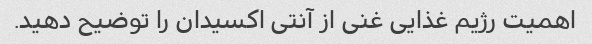
اهمیت رژیم غذایی غنی از آنتی اکسیدان را توضیح دهید.